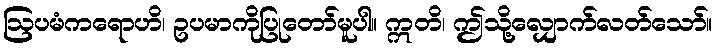
ဩပမံကရောဟိ၊ ဥပမာကိုပြုတော်မူပါ။ ဣတိ၊ ဤသို့လျှောက်လတ်သော်။